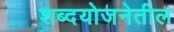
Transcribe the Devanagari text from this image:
शब्दयोजनेतील